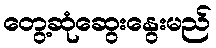
တွေ့ဆုံဆွေးနွေးမည်